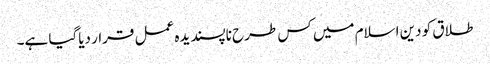
طلاق کو دین اسلام میں کس طرح ناپسندیدہ عمل قرار دیاگیا ہے۔